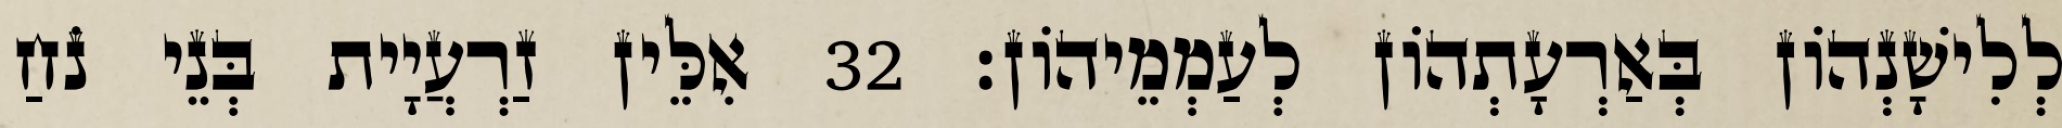
לְלִישָׁנְהוֹן בְּאַרְעָתְהוֹן לְעַמְמֵיהוֹן׃ 32 אִלֵּין זַרְעֲיָית בְּנֵי נֹחַ